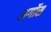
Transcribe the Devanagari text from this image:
अर्गोस